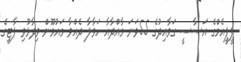
ޕީޕީއެމްގެ އަސާސީ ގަވާއިދުގެ 55ވަނަ މާއްދާއާ ހަވާލާ ދެއްވާ މައުމޫން ވިދާޅުވި ޕާޓީގެ